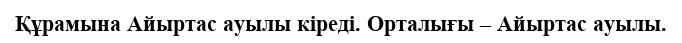
Құрамына Айыртас ауылы кіреді. Орталығы – Айыртас ауылы.